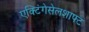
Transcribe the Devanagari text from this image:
एक्टिंगेसेलशाफ्ट